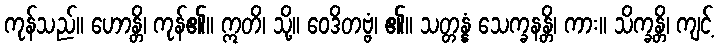
ကုန်သည်။ ဟောန္တိ၊ ကုန်၏။ ဣတိ၊ သို့။ ဝေဒိတဗ္ဗံ၊ ၏။ သတ္တန္နံ သေက္ခနန္တိ၊ ကား။ သိက္ခန္တိ၊ ကျင့်